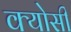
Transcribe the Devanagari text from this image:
क्योसी